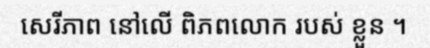
សេរីភាព នៅលើ ពិភពលោក របស់ ខ្លួន ។